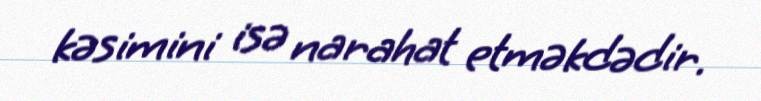
kəsimini isə narahat etməkdədir.